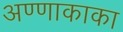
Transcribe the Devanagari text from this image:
अण्णाकाका